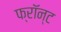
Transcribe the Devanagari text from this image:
फ्रॉन्ट